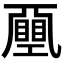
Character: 𢀯